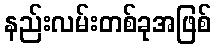
နည်းလမ်းတစ်ခုအဖြစ်